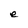
Character: e